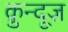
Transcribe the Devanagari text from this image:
क़ुन्दूज़